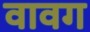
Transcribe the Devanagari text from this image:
वावग